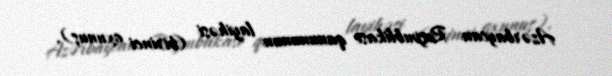
Azərbaycan Respublikası qanununun layihəsi (birinci oxunuş).